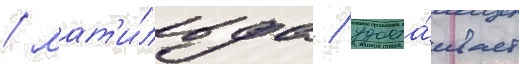
/ мат'и́льда / удоста́ивает